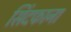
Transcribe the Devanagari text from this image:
सिंदफाना